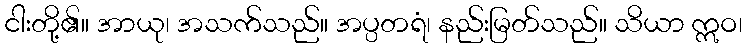
ငါးတို့၏။ အာယု၊ အသက်သည်။ အပ္ပတရံ၊ နည်းမြတ်သည်။ သိယာ ဣဝ၊